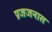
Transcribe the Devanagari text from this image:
प्रजजनास